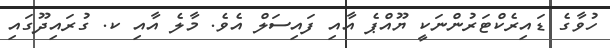
ހުވާގެ ޑައިރެކްޓަރުންނަކީ ޔޫއްޕެ އާއި ފައިސަލް އެވެ. މާލެ އާއި ކ. ގުރައިދޫގައި